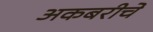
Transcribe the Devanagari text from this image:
अकबरीचे